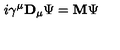
i \gamma ^ { \mu } { \bf D } _ { \mu } \Psi = { \bf M } \Psi